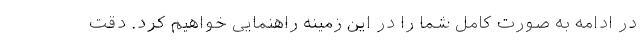
در ادامه به صورت کامل شما را در این زمینه راهنمایی خواهیم کرد. دقت